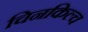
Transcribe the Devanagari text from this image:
चिनकिल्च